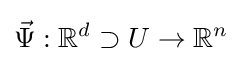
{\vec {\Psi }}:\mathbb {R} ^{d}\supset U\to \mathbb {R} ^{n}